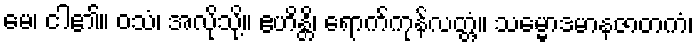
မေ၊ ငါ၏။ ဝသံ၊ အလိုသို့။ ဧဟိန္တိ၊ ရောက်ကုန်လတ္တံ့။ သမ္မောဒမာနဇာတကံ၊